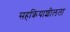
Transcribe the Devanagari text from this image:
सहक्रियाशीलता